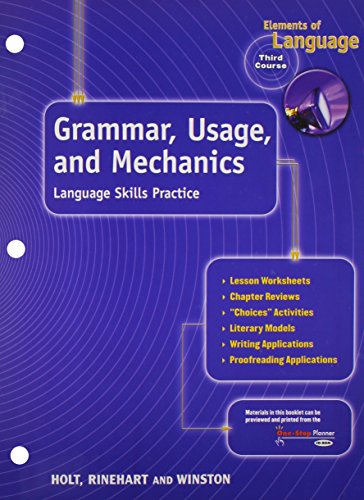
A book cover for Elements of Language, 3rd Course, Grade 9: Grammar Usage and Mechanics- Language Skills Practice; RINEHART AND WINSTON HOLT; Teen & Young Adult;